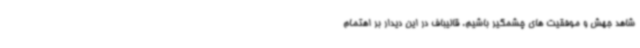
شاهد جهش و موفقیت های چشمگیر باشیم. قالیباف در این دیدار بر اهتمام